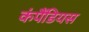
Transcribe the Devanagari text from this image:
कंपैंडियस